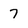
Character: 7